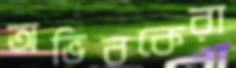
অভিবকেরা